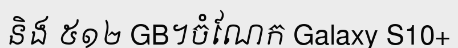
និង ៥១២ GB។ចំណែក Galaxy S10+